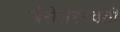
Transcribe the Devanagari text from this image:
जैसेसरस्वती